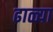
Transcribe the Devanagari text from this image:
ढाळ्या